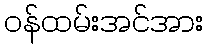
ဝန်ထမ်းအင်အား